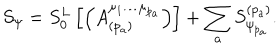
LaTeX: S _ { \psi } = S _ { 0 } ^ { L } \left[ \left( A _ { ( p _ { a } ) } ^ { \mu _ { 1 } \ldots \mu _ { p _ { a } } } \right) \right] + \sum _ { a } S _ { \psi _ { p _ { a } } } ^ { ( p _ { a } ) } .